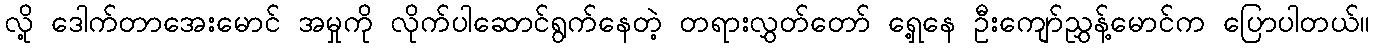
လို့ ဒေါက်တာအေးမောင် အမှုကို လိုက်ပါဆောင်ရွက်နေတဲ့ တရားလွှတ်တော် ရှေ့နေ ဦးကျော်ညွှန့်မောင်က ပြောပါတယ်။